Plague in India, 1896, 1897 - Volume 1
Year: 1896
Disease focus: Plague
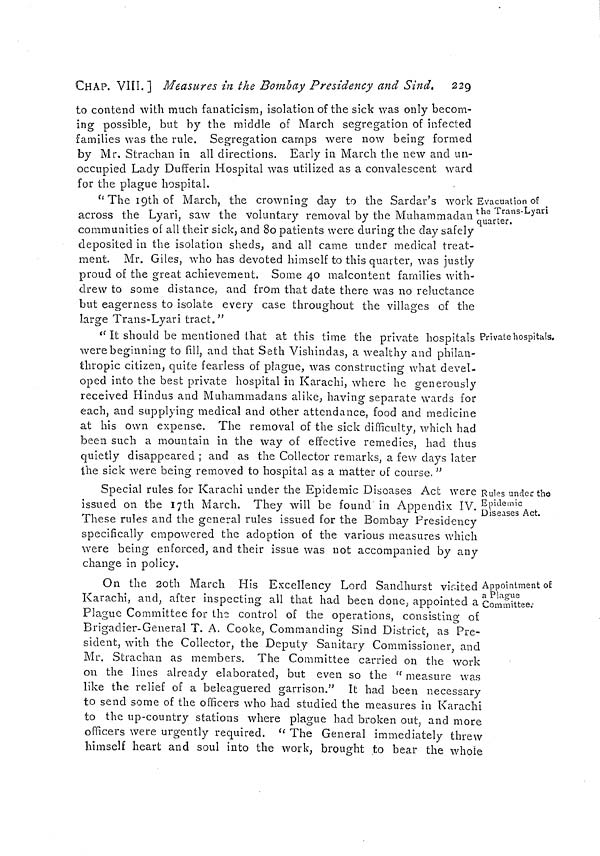
CHAP. VIII. 1 Measures in the Bombay Presidency and Sind. 229
to contend with much fanaticism, isolation of the sick was only becom-
ing possible, but by the middle of March segregation of infected
families was the rule. Segregation camps were now being formed
by Mr. Stracban in all directions. Early in March the new and un-
occupied Lady Dufferin Hospital was utilized as a convalescent ward
for the plague hospital.
Evacuation of
the Trans-Lyari
quarter.
"The 19th of March, the crowning day to the Sardar's work
across the Lyari, saw the voluntary removal by the Muhammadan
communities of all their sick, and 80 patients were during the day safely
deposited in the isolation sheds, and all came under medical treat-
ment. Mr. Giles, who has devoted himself to this quarter, was justly
proud of the great achievement. Some 40 malcontent families with-
drew to some distance, and from that date there was no reluctance
but eagerness to isolate every case throughout the villages of the
large Trans-Lyari tract."
Private hospitals.
" It should be mentioned that at this time the private hospitals
were beginning to fill, and that Seth Vishindas, a wealthy and philan-
thropic citizen, quite fearless of plague, was constructing what devel-
oped into the best private hospital in Karachi, where he generously
received Hindus and Muhammadans alike, having separate wards for
each, and supplying medical and other attendance, food and medicine
at his own expense. The removal of the sick difficulty, which had
been such a mountain in the way of effective remedies, bad thus
quietly disappeared ; and as the Collector remarks, a few days later
the sick were being removed to hospital as a matter of course. "
Rules under the
Epidemic
Diseases Act.
Special rules for Karachi under the Epidemic Diseases Act were
issued on the 17th March. They will be found in Appendix IV. :
These rules and the general rules issued for the Bombay Presidency
specifically empowered the adoption of the various measures which
were being enforced, and their issue was not accompanied by any
change in policy.
Appointment of
a Plague
Committee.
On the 20th March His Excellency Lord Sandhurst visited
Karachi, and, after inspecting all that had been done, appointed a
Plague Committee for the control of the operations, consisting of
Brigadier-General T. A. Cooke, Commanding Sind District, as Pre-
sident, with the Collector, the Deputy Sanitary Commissioner, and
Mr. Strachan as members. The Committee carried on the work
on the lines already elaborated, but even so the " measure was
like the relief of a beleaguered garrison." It had been necessary
to send some of the officers who had studied the measures in Karachi
to the up-country stations where plague had broken out, and more
officers were urgently required. " The General immediately threw
himself heart and soul into the work, brought to bear the whole